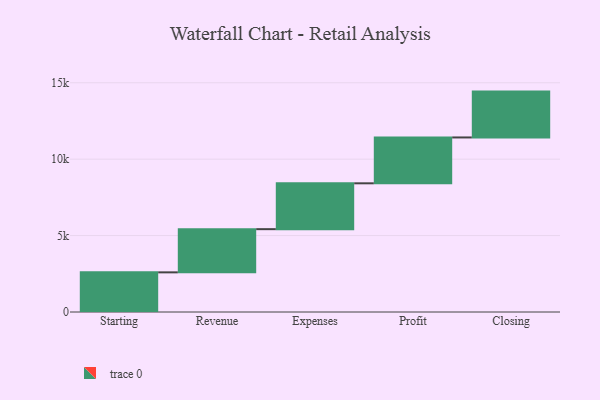
{"axis": {"x": "Step", "y": "Value"}, "legend": [""], "data": [{"x": "Starting", "y": 2594.0, "type": ""}, {"x": "Revenue", "y": 2826.0, "type": ""}, {"x": "Expenses", "y": 3000, "type": ""}, {"x": "Profit", "y": 3000, "type": ""}, {"x": "Closing", "y": 3000, "type": ""}]}